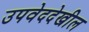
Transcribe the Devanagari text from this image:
उपवेददेखील